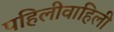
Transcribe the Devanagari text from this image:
पहिलीवाहिली